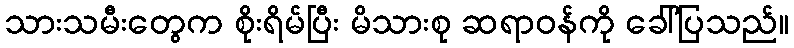
သားသမီးတွေက စိုးရိမ်ပြီး မိသားစု ဆရာဝန်ကို ခေါ်ပြသည်။